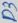
Text: D3